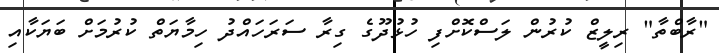
"ރާބްތާ" ރިލީޒް ކުރުން ލަސްކޮށްފި ހުޅުދޫގެ ގިރާ ސަރަހައްދު ހިމާޔަތް ކުރުމަށް ބަޔަކާއި